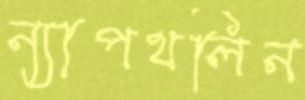
ন্যাপথলিন